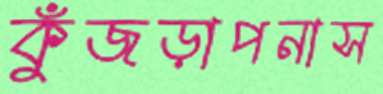
কুঁজড়াপনাস